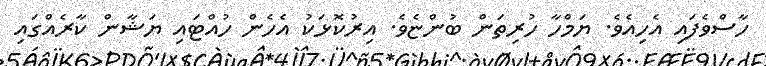
ހާސްވެފައި އެހިއެވެ. ޔަމްހާ ހުރިތަން ބުންޏެވެ. އިރުކޮޅަކު އެހެން ހުއްޓައި ޔަޝާން ކާރެއްގައި